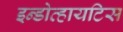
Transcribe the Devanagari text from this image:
इन्डोव्हायटिस